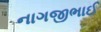
નાગજીભાઈ